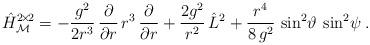
LaTeX: \begin{align*}\hat H^{2\! \times \! 2}_{\mathcal M} = - \frac{g^2}{2 r^3} \, \frac{\partial}{\partial r} \, r^3 \, \frac{\partial}{\partial r} + \frac{2g^2}{r^2} \, \hat L^2 + \frac{r^4}{8\,g^2} \,\sin^2\!\vartheta\:\sin^2\!\psi \:. \end{align*}